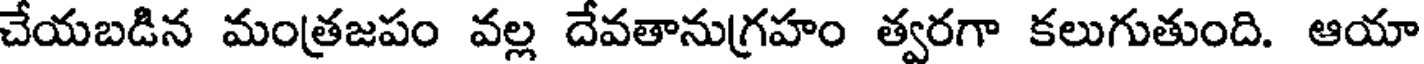
చేయబడిన మంత్రజపం వల్ల దేవతానుగ్రహం త్వరగా కలుగుతుంది. ఆయా